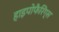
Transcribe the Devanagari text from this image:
हाइपोफैरिंग्स